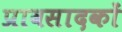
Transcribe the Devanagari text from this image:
प्रावसादकों